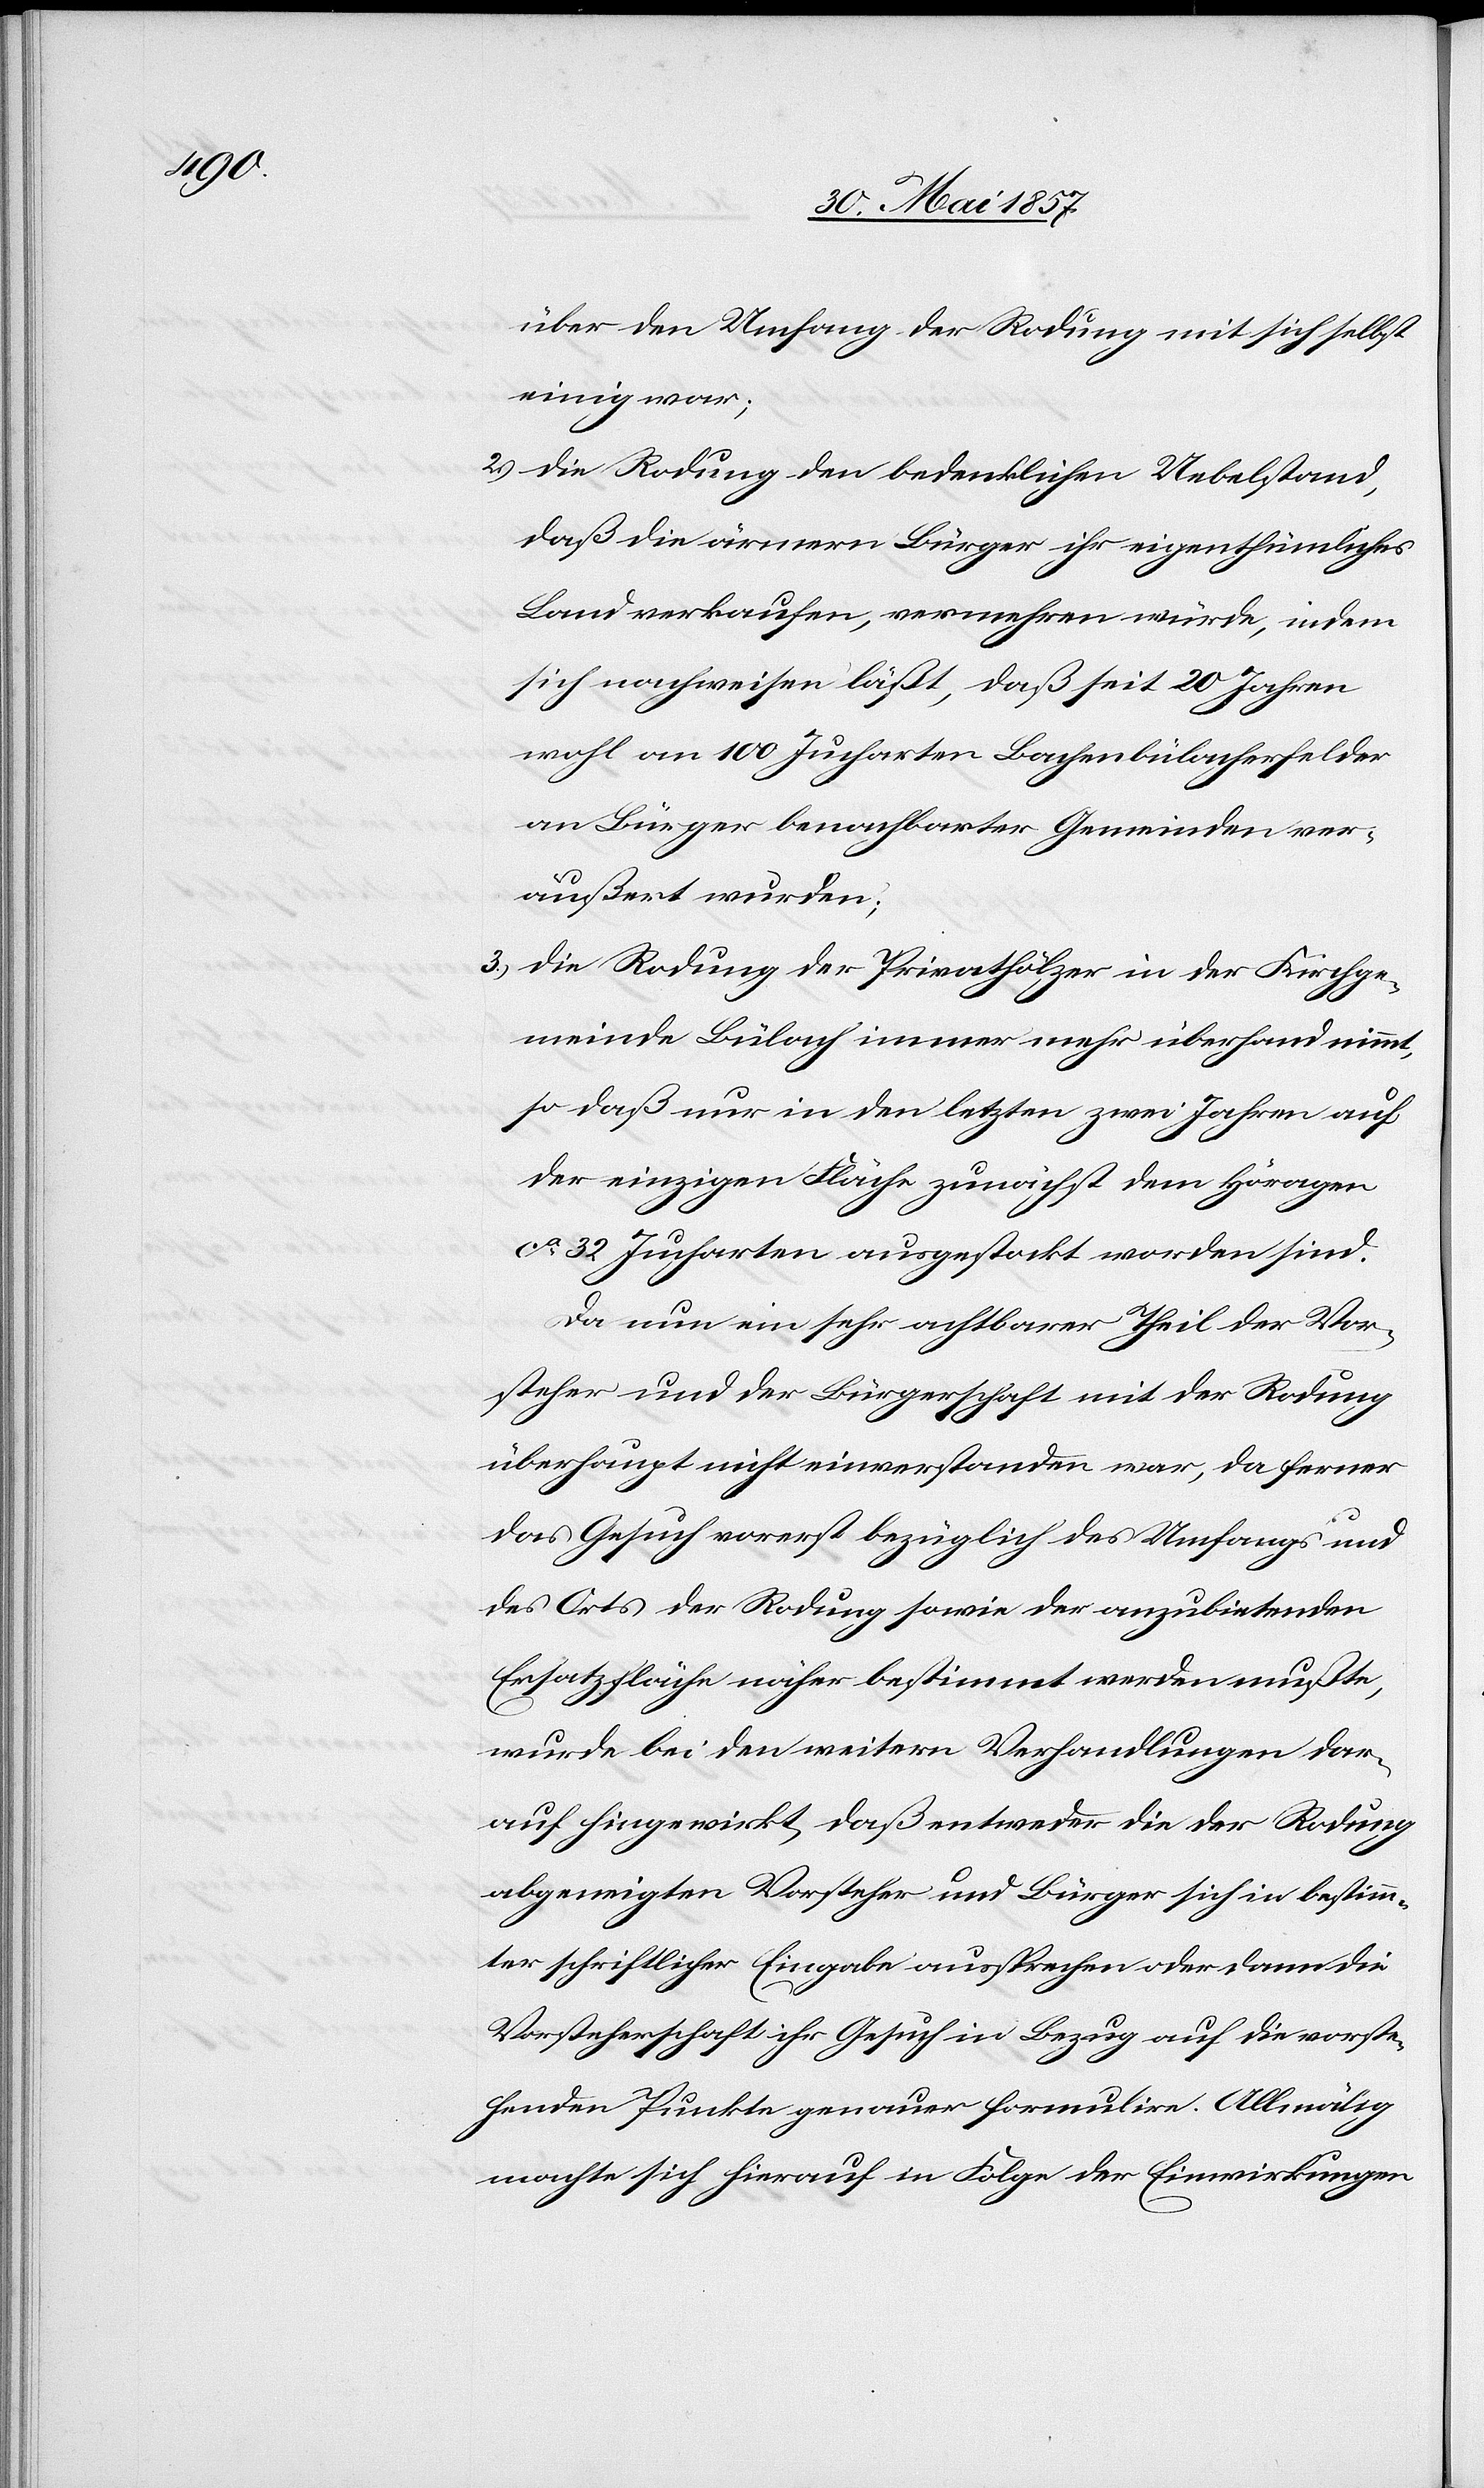
über den Umfang der Rodung mit sich selbst
einig war;
2.) die Rodung den bedenklichen Uebelstand,
daß die ärmeren Bürger ihr eigenthümliches
Land verkaufen, vermehren würde, indem
sich nachweisen läßt, daß seit 20 Jahren
wohl an 100 Jucharten Bachenbülacherfelder
an Bürger benachbarter Gemeinden ver¬
äußert wurden;
3.) die Rodung der Privathölzer in der Kirchge¬
meinde Bülach immer mehr überhand nimmt,
so daß nur in den letzten zwei Jahren auf
der einzigen Fläche zunächst dem Höragen
ca 32 Jucharten ausgestockt worden sind.
Da nun ein sehr achtbarer Theil der Vor¬
steher und der Bürgerschaft mit der Rodung
überhaupt nicht einverstanden war, da ferner
das Gesuch vorerst bezüglich des Umfangs und
des Orts der Rodung sowie der anzubietenden
Ersatzfläche näher bestimmt werden mußte,
wurde bei den weitern Verhandlungen dar¬
auf hingewirkt, daß entweder die der Rodung
abgeneigten Vorsteher und Bürger sich in bestimm¬
ter schriftlicher Eingabe aussprechen oder dann die
Vorsteherschaft ihr Gesuch in Bezug auf die vorste¬
henden Punkte genauer formulire. Allmälig
machte sich hierauf in Folge der Einwirkungen